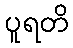
ပူရတိ